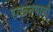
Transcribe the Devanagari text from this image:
राखन्याची